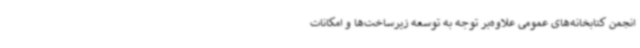
انجمن کتابخانه‌های عمومی علاوه‌بر توجه به توسعه زیرساخت‌ها و امکانات